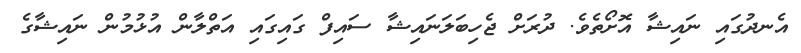
އެނދުގައި ނަައިޝާ އޮށޯތެވެ. ދުރަށް ޖެހިބަލަނަަައިޝާ ސައިފް ގައިގައި އަތްލާން އުޅުމުން ނައިޝާގެ